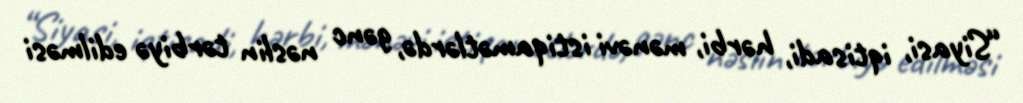
“Siyasi, iqtisadi, hərbi, mənəvi istiqamətlərdə, gənc nəslin tərbiyə edilməsi